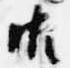
御